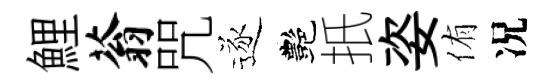
鯉蓊咒逐艷扺姿侑况